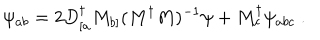
\psi _ { a b } = 2 D _ { [ a } ^ { \dagger } M _ { b ] } ( M ^ { \dagger } M ) ^ { - 1 } \psi + M _ { c } ^ { \dagger } \psi _ { a b c } \ .